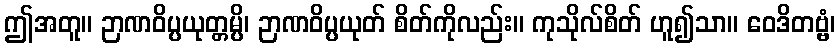
ဤအတူ။ ဉာဏဝိပ္ပယုတ္တမ္ပိ၊ ဉာဏဝိပ္ပယုတ် စိတ်ကိုလည်း။ ကုသိုလ်စိတ် ဟူ၍သာ။ ဝေဒိတဗ္ဗံ၊